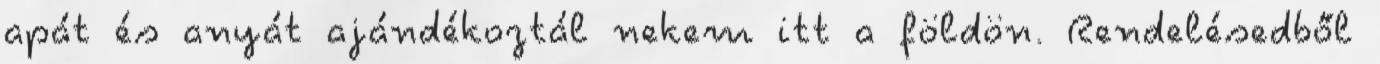
apát és anyát ajándékoztál nekem itt a földön. Rendelésedből